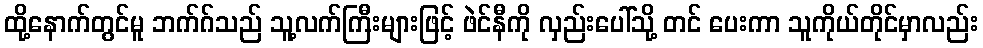
ထို့နောက်တွင်မူ ဘက်ဂ်သည် သူ့လက်ကြီးများဖြင့် ဖဲင်နီကို လှည်းပေါ်သို့ တင် ပေးကာ သူကိုယ်တိုင်မှာလည်း